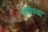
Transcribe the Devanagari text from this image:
जरीच्या